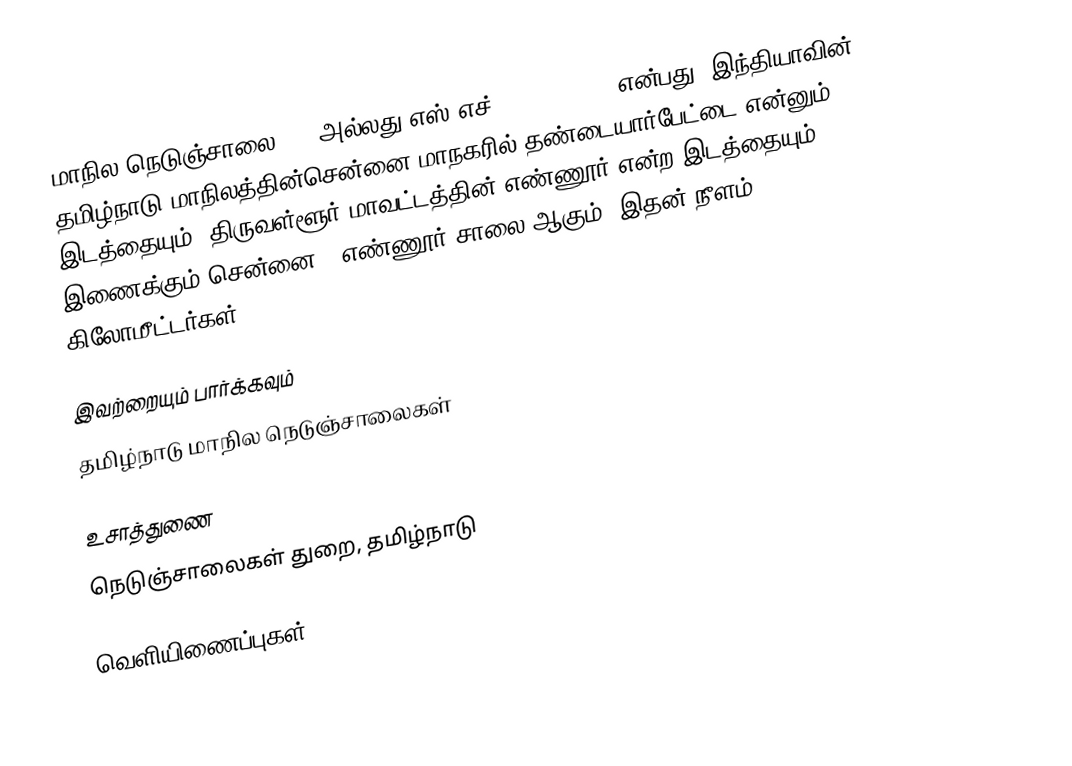
மாநில நெடுஞ்சாலை 114 அல்லது எஸ்.எச்-114 (SH 114) என்பது, இந்தியாவின் தமிழ்நாடு மாநிலத்தின்சென்னை மாநகரில் தண்டையார்பேட்டை என்னும் இடத்தையும், திருவள்ளூர் மாவட்டத்தின் எண்ணூர் என்ற இடத்தையும் இணைக்கும் சென்னை - எண்ணூர் சாலை ஆகும். இதன் நீளம் 10.4  கிலோமீட்டர்கள் .

இவற்றையும் பார்க்கவும்
 தமிழ்நாடு மாநில நெடுஞ்சாலைகள்

உசாத்துணை
 நெடுஞ்சாலைகள் துறை, தமிழ்நாடு

வெளியிணைப்புகள்